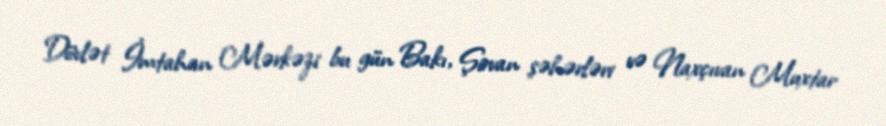
Dövlət İmtahan Mərkəzi bu gün Bakı, Şirvan şəhərləri və Naxçıvan Muxtar